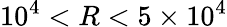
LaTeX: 10^{4}<R<5\times 10^{4}